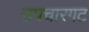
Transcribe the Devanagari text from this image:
उपचारगट